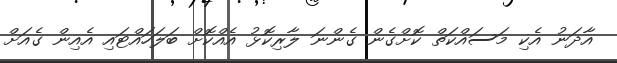
އާދަނު އެކި މަސައްކަތް ކޮށްގެން ގެންނަ ލާރިކޮޅު އެއްކޮށް ބަލަހައްޓައި އެއިން ގެއަށް